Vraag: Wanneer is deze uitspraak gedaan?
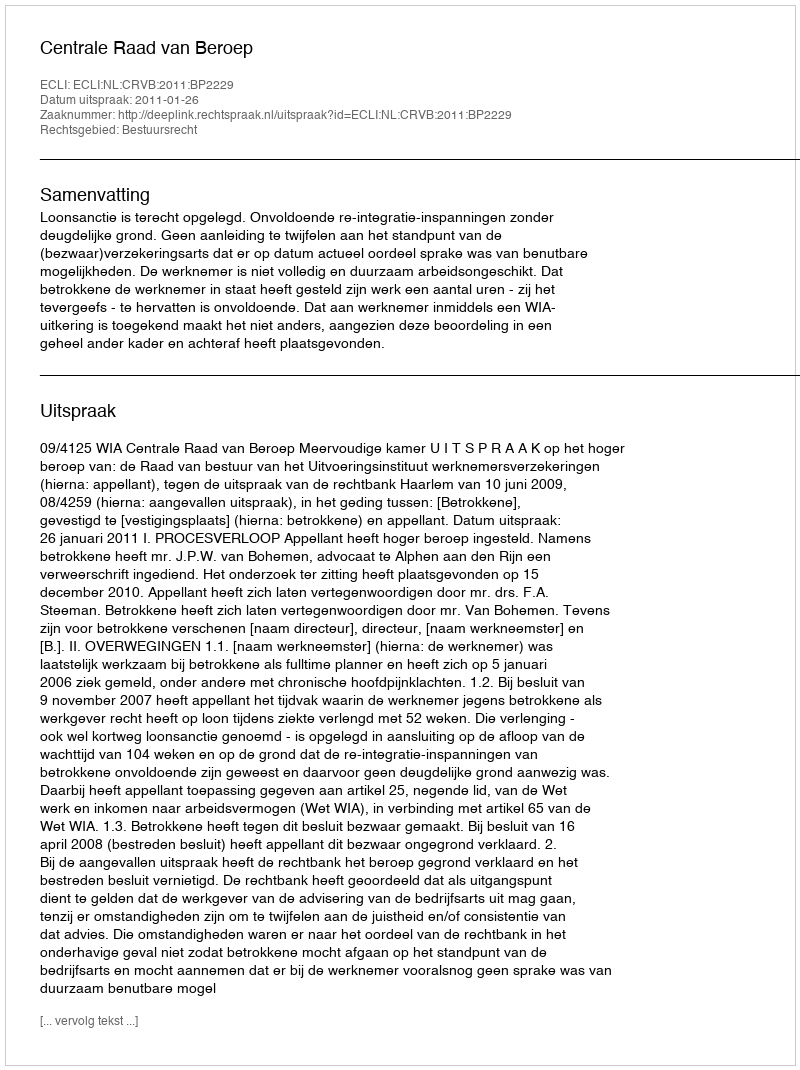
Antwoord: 2011-01-26